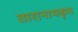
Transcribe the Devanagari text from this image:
तारानाथकृत